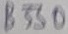
Text: B330